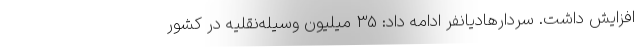
افزایش داشت. سردارهادیانفر ادامه داد: 35 میلیون وسیله‌نقلیه در کشور